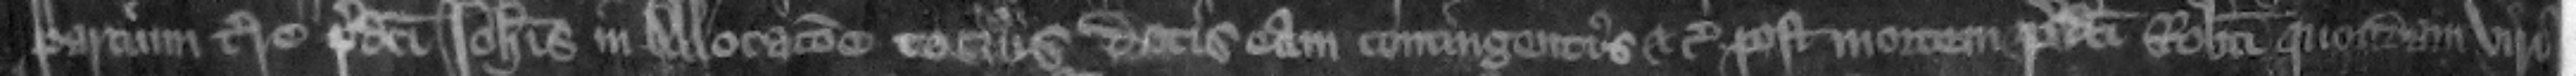
partium terre predicti Iohannis in allocacione tocius dotis ea contingentis etc. post mortem predicti Roberti quondam viri